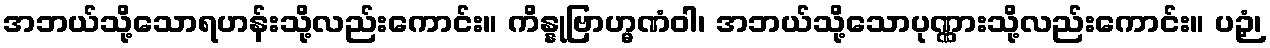
အဘယ်သို့သောရဟန်းသို့လည်းကောင်း။ ကိန္နုဗြာဟ္မဏံဝါ၊ အဘယ်သို့သောပုဏ္ဏားသို့လည်းကောင်း။ ပဉှံ၊